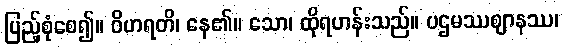
ပြည့်စုံစေ၍။ ဝိဟရတိ၊ နေ၏။ သော၊ ထိုရဟန်းသည်။ ပဌမဿဈာနဿ၊